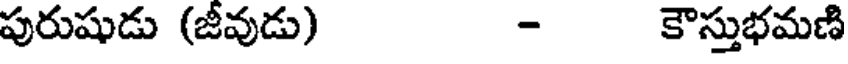
పురుషుడు (జీవుడు) - కౌస్తుభమణి